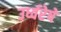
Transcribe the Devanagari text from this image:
उर्ध्वरेषे